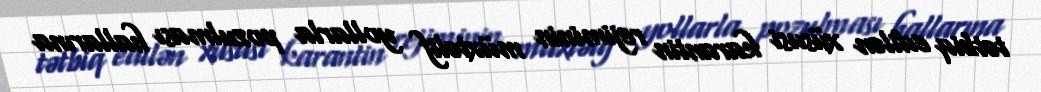
tətbiq edilən xüsusi karantin rejiminin müxtəlif yollarla pozulması hallarına